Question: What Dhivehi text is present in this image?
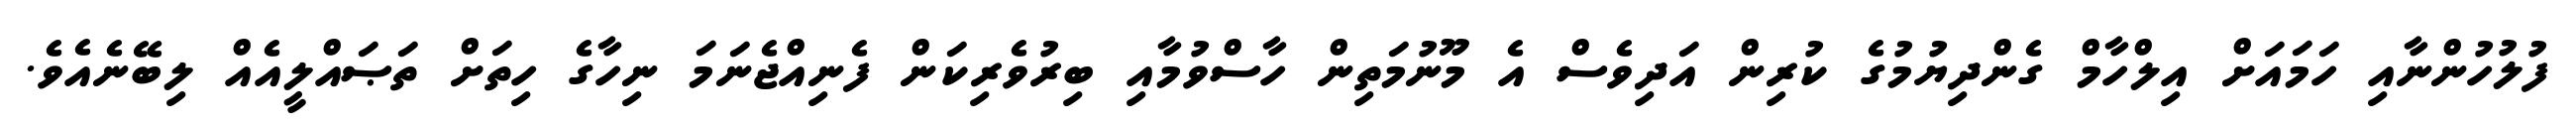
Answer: ފުލުހުންނާއި ހަމައަށް އިލްހާމް ގެންދިޔުމުގެ ކުރިން އަދިވެސް އެ މޫނުމަތިން ހާސްވުމާއި ބިރުވެރިކަން ފެނިއްޖެނަމަ ނިހާގެ ހިތަށް ތަޞައްލީއެއް ލިބޭނެއެވެ.